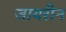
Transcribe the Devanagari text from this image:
जायरीन